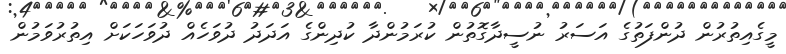
މީގެއިތުރުން ދުންފަތުގެ އަސަރު ނުސީދާގޮތުން ކުރަމުންދާ ކުދިންގެ އަދަދު ދުވަހެއް ދުވަހަކަށް އިތުރުވަމުން